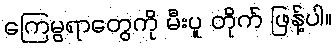
ကြေမွရာတွေကို မီးပူ တိုက် ဖြန့်ပါ။